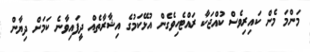
މަންމަ މެން ކައިރިވެސް ކުއްޖަކާ ރައްޓެހިވެގެން އުޅޭކަމުގެ އިޝާރާތެއް ދީފައިވާނެ ކަމަށް ދިޔާން